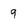
Character: q